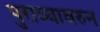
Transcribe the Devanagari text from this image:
पुराव्यावरुन